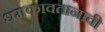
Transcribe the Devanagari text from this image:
धमकावतानाची